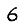
Digit: 6